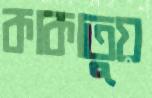
কাকাতুয়